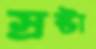
স্রষ্টা